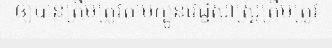
ឲ្យបានត្រឹមត្រូវតាមក្បូនវេជ្ជសាស្ត្រត្រឹមត្រូវ